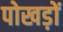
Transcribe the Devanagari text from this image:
पोखड़ों